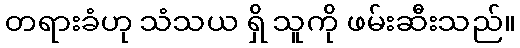
တရားခံဟု သံသယ ရှိ သူကို ဖမ်းဆီးသည်။